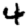
Digit: 4